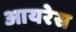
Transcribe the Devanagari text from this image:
आयरेस